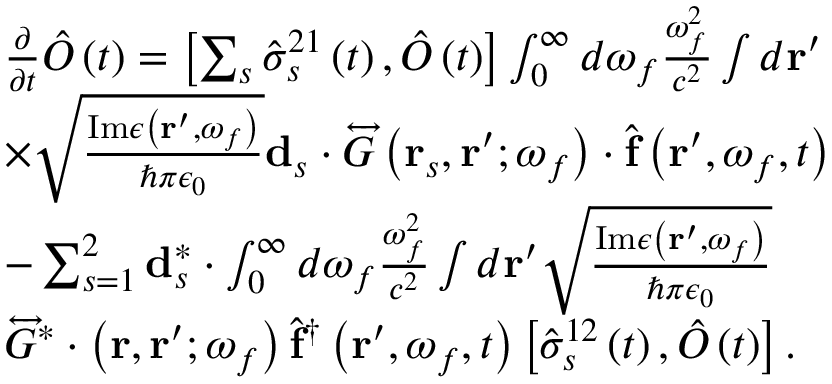
\begin{array} { r l } & { \frac { \partial } { \partial t } \hat { O } \left( t \right) = \left[ \sum _ { s } \hat { \sigma } _ { s } ^ { 2 1 } \left( t \right) , \hat { O } \left( t \right) \right] \int _ { 0 } ^ { \infty } d \omega _ { f } \frac { \omega _ { f } ^ { 2 } } { c ^ { 2 } } \int d \mathbf { r } ^ { \prime } } \\ & { \times \sqrt { \frac { \mathrm { I m } \epsilon \left( \mathbf { r } ^ { \prime } , \omega _ { f } \right) } { \hbar \pi \epsilon _ { 0 } } } \mathbf { d } _ { s } \cdot \overleftrightarrow { G } \left( \mathbf { r } _ { s } , \mathbf { r } ^ { \prime } ; \omega _ { f } \right) \cdot \hat { \mathbf { f } } \left( \mathbf { r } ^ { \prime } , \omega _ { f } , t \right) } \\ & { - \sum _ { s = 1 } ^ { 2 } \mathbf { d } _ { s } ^ { * } \cdot \int _ { 0 } ^ { \infty } d \omega _ { f } \frac { \omega _ { f } ^ { 2 } } { c ^ { 2 } } \int d \mathbf { r } ^ { \prime } \sqrt { \frac { \mathrm { I m } \epsilon \left( \mathbf { r } ^ { \prime } , \omega _ { f } \right) } { \hbar \pi \epsilon _ { 0 } } } } \\ & { \overleftrightarrow { G } ^ { * } \cdot \left( \mathbf { r } , \mathbf { r } ^ { \prime } ; \omega _ { f } \right) \hat { \mathbf { f } } ^ { \dagger } \left( \mathbf { r } ^ { \prime } , \omega _ { f } , t \right) \left[ \hat { \sigma } _ { s } ^ { 1 2 } \left( t \right) , \hat { O } \left( t \right) \right] . } \end{array}